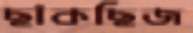
ছাঁকছিজ